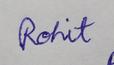
Signature authenticity: genuine